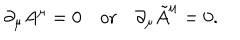
\partial _ { \mu } A ^ { \mu } = 0 \quad \mathrm { o r } \quad \partial _ { \mu } \tilde { A } ^ { \mu } = 0 .